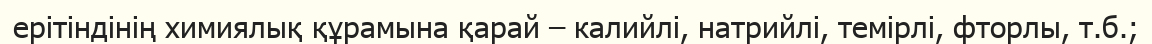
ерітіндінің химиялық құрамына қарай – калийлі, натрийлі, темірлі, фторлы, т.б.;